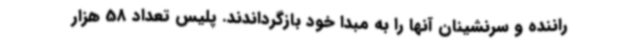
راننده و سرنشینان آنها را به مبدا خود بازگرداندند. پلیس تعداد 58 هزار